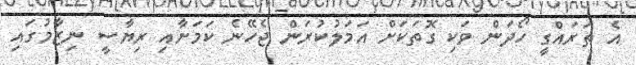
އެ ތަރައްގީ ހޯދަން ވަކި ގޮތަކަށް އަމަލުކުރަން ޖެހޭނެ ކަމަށާއި ރިޔާސީ ނިޒާމުގައި